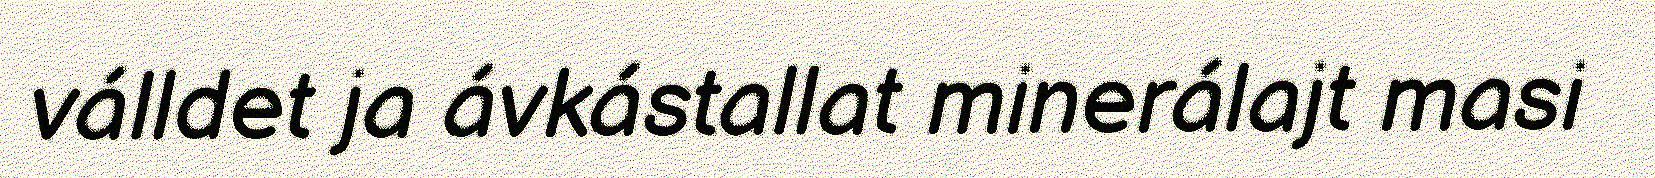
válldet ja ávkástallat minerálajt masi